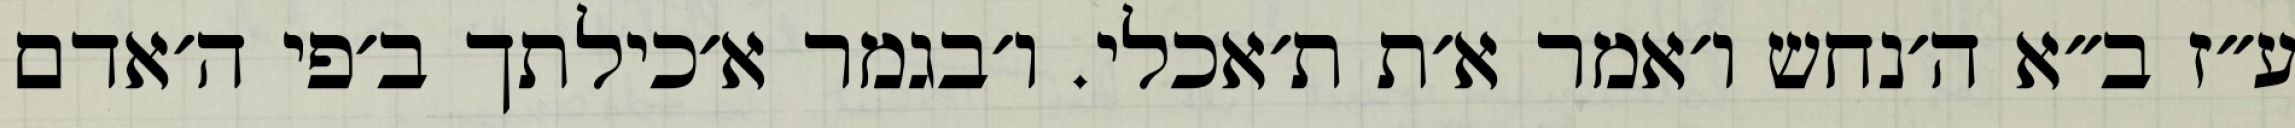
ע״ז ב״א ה׳נחש ו׳אמר א׳ת ת׳אכלי. ו׳בגמר א׳כילתך ב׳פי ה׳אדם